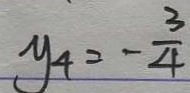
y _ { 4 } = - \frac { 3 } { 4 }